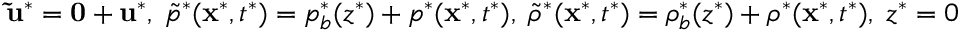
\begin{array} { r } { \mathbf { \tilde { u } ^ { * } } = \mathbf { 0 } + \mathbf { u } ^ { * } , \; \tilde { p } ^ { * } ( \mathbf { x } ^ { * } , t ^ { * } ) = p _ { b } ^ { * } ( z ^ { * } ) + p ^ { * } ( \mathbf { x } ^ { * } , t ^ { * } ) , \; \tilde { \rho } ^ { * } ( \mathbf { x } ^ { * } , t ^ { * } ) = \rho _ { b } ^ { * } ( z ^ { * } ) + \rho ^ { * } ( \mathbf { x } ^ { * } , t ^ { * } ) , \; z ^ { * } = 0 + \eta ^ { * } ( x ^ { * } , t ^ { * } ) . } \end{array}